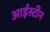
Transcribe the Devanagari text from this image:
आईस्टीन